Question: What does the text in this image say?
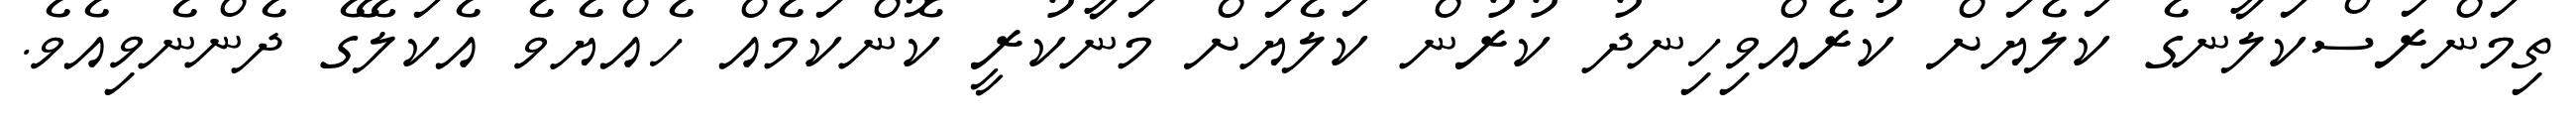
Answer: ތިމަންރަސްކަލާނގެ ކަލެޔަށް ކުރެއްވިހިނދު ކުރުން ކަލެޔަށް މަނާކުރީ ކޮންކަމެއް ހެއްޔެވެ އެކަލޭގެ ދެންނެވިއެވެ.